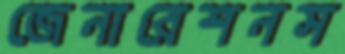
জেনারেশনস